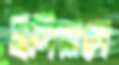
ইলিয়াসে